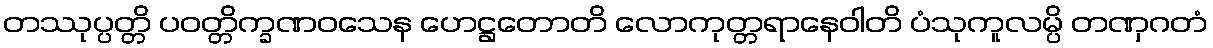
တဿုပ္ပတ္တိ ပဝတ္တိက္ခဏဝသေန ဟေဋ္ဌတောတိ လောကုတ္တရာနေဝါတိ ပံသုကူလမ္ပိ တဏှဂတံ